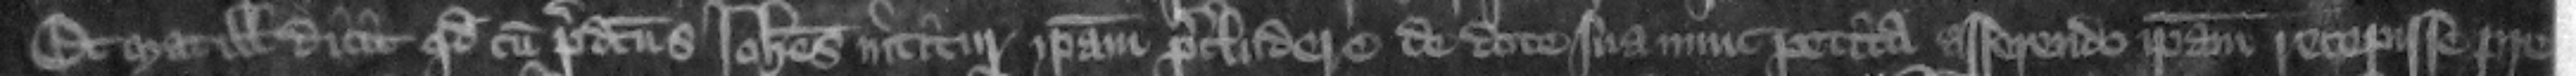
Et Matillis dicit quod cum predictus Iohannes nititur ipsam precludere de dote sua nunc petita asserendo ipsam recepisse pre